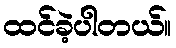
ထင်ခဲ့ပါတယ်။